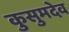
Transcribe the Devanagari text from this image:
कुसुमदेव